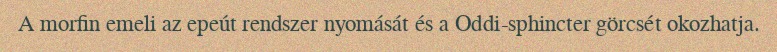
A morfin emeli az epeút rendszer nyomását és a Oddi-sphincter görcsét okozhatja.